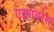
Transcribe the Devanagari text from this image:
एक्राबोस